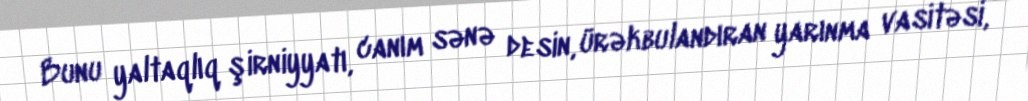
Bunu yaltaqlıq şirniyyatı, canım sənə desin, ürəkbulandıran yarınma vasitəsi,